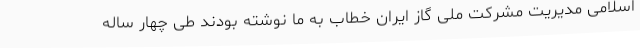
اسلامی مدیریت مشرکت ملی گاز ایران خطاب به ما نوشته بودند طی چهار ساله